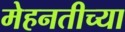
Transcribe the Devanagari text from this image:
मेहनतीच्या